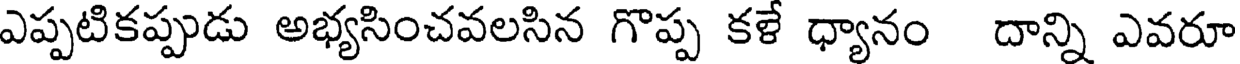
ఎప్పటికప్పుడు అభ్యసించవలసిన గొప్ప కళే ధ్యానం దాన్ని ఎవరూ